Calcutta medical institutions reports 1871-78
Year: 1871
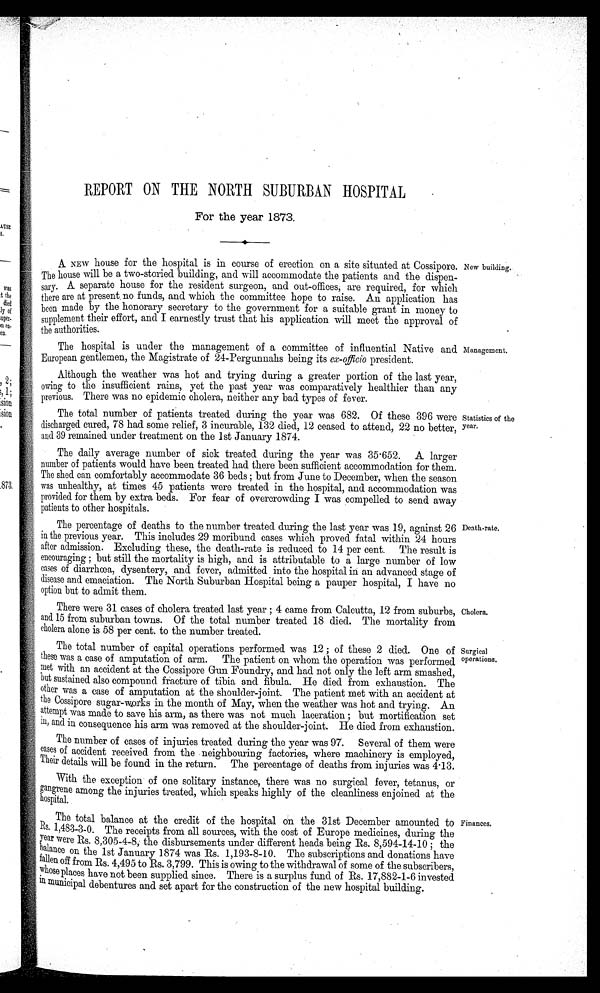
New building.
Management.
Statistics of the
year.
Death-rate.
Cholera.
Surgical
operations.
Finances.
REPORT ON THE NORTH SUBURBAN HOSPITAL
For the year 1873.
A. NEW house for the hospital is in coursed of erection on a site situated at Cossipore.
The house will be a two-storied building, and will accommodate the patients and the dispen- -
sary. A separate house for the resident surgeon, and out-offices, are required, for which
there are at present no funds, and which the committee hope to raise. An application has
been made by the honorary secretary to the government for a suitable grant in money to
supplement their effort, and I earnestly trust that his application will meet the approval of
the authorities.
The hospital is under the management of a committee of influential Native and
European gentlemen, the Magistrate of 24-Pergunnahs being its ex-officio president.
Although the weather was hot and trying during a greater portion of the last year,
owing to the insufficient rains, yet the past year was comparatively healthier than any
previous. There was no epidemic cholera, neither any bad types of fever.
The total number of patients treated during the year was 682. Of these 396 were
discharged cured, 78 had some relief, 3 incurable, 132 died, 12 ceased to attend, 22 no better,
and 39 remained under treatment on the 1st January 1874.
The daily average number of sick treated during the year was 35.652. A larger
number of patients would have been treated had there been sufficient accommodation for them.
The shed can comfortably accommodate 36 beds ; but from June to December, when the season
was unhealthy, at times 45 patients were treated in the hospital, and accommodation was
provided for them by extra beds. For fear of overcrowding I was compelled to send away
patients to other hospitals.
The percentage of deaths to the number treated during the last year was 19, against 26
in the previous year. This includes 29 moribund cases which proved fatal within 24 hours
after admission. Excluding these, the death-rate is reduced to 14 per cent. The result is
encouraging ; but still the mortality is high, and is attributable to a large number of low
cases of diarrhœa, dysentery, and fever, admitted into the hospital in an advanced stage of
disease and emaciation. The North Suburban Hospital being a pauper hospital, I have no
option but to admit them.
There were 31 cases of cholera treated last year ; 4 came from Calcutta, 12 from suburbs,
and 15 from suburban towns. Of the total number treated 18 died. The mortality from
cholera alone is 58 per cent. to the number treated.
The total number of capital operations performed was 12 ; of these 2 died. One of
these was a case of amputation of arm. The patient on whom the operation was performed
met with an accident at the Cossipore Gun Foundry, and had not only the left arm smashed
but sustained also compound fracture of tibia and fibula. He died from exhaustion. The
Other was a case of amputation at the shoulder-joint. The patient met with an accident at
the Hossipore sugar-works in the month of May, when the weather was hot and trying. An
attempt was made to save his arm, as there was not much laceration ; but mortification set
in, and in consequence his arm was removed at the shoulder-joint. He died from exhaustion.
The number of cases of injuries treated during the year was 97. Several of them were
cases of accident received from the neighbouring factories, where machinery is employed,
Their details will be found in the return. The percentage of deaths from injuries was 4.13.
With the exception of one solitary instance, there was no surgical fever, tetanus, or
gangrene among the injuries treated, which speaks highly of the cleanliness enjoined at the
hospital.
The total balance at the credit of the hospital on the 31st December amounted t
o F i n a n c e R s . 1 , 4 8 3 - 3 - 0 . T h e r e c e i p t s f r o m a l l s o u r c e s , w i t h t h e c o s t o f E u r o p e m e d i c i n e s , d u r i n g t h e
year were As. 8,305-4-8, the disbursements under different heads being Rs. 8,594-14-10 ; the
balance on the 1st January 1874 was Rs. 1,193-8-10. The subscriptions and donations have
fallen off from Rs. 4,495 to Rs. 3,799. This is owing to the withdrawal of some of the subscribers,
whose places have not been supplied since. There is a surplus fund of Rs. 17,882-1-6 invested
in municipal debentures and set apart for the construction of the new hospital building.